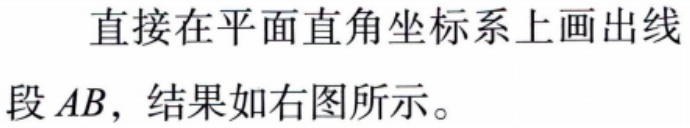
直接在平面直角坐标系上画出线段 \(AB\)，结果如右图所示。